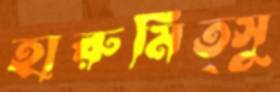
হারুমিত্সু